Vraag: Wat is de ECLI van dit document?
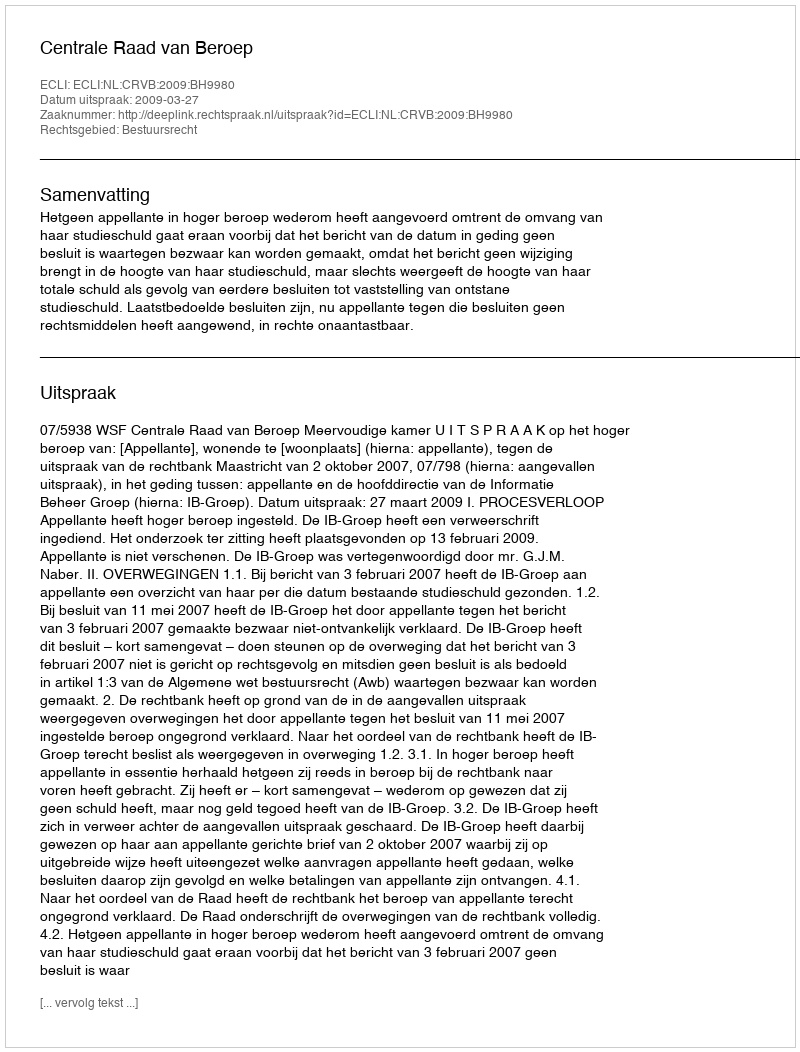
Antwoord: ECLI:NL:CRVB:2009:BH9980